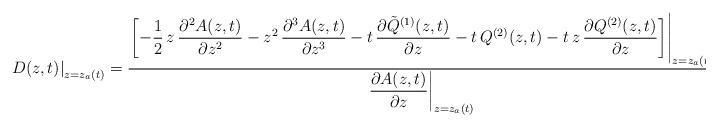
LaTeX: \begin{align*}\left.D(z,t)\right|_{z=z_a(t)}=\dfrac{\left.\biggl[-\dfrac{1}{2}\,z\,\dfrac{\partial^2 A(z,t)}{\partial z^2}-z^2\,\dfrac{\partial^3 A(z,t)}{\partial z^3}-t\,\dfrac{\partial \tilde{Q}^{(1)}(z,t)}{\partial z}-t\,Q^{(2)}(z,t)-t\,z\,\dfrac{\partial Q^{(2)}(z,t)}{\partial z}\biggr]\right|_{z=z_a(t)}}{\left.\dfrac{\partial A(z,t)}{\partial z}\right|_{z=z_a(t)}}.\end{align*}